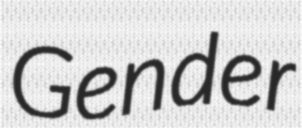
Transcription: Gender